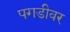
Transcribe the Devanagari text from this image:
पगडीवर